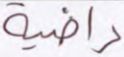
راضية